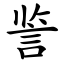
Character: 䛓